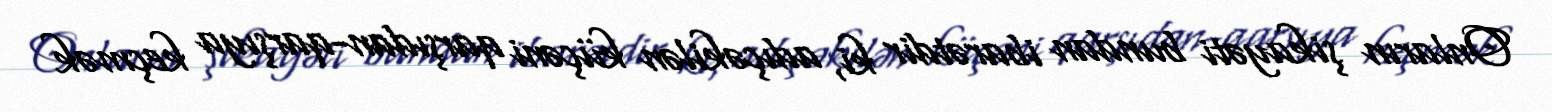
Onların şikayəti bundan ibarətdir ki, adıçəkilən küçəni qarşıdan-qarşıya keçmək